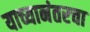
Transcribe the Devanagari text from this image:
याच्यानंतरचा